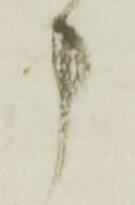
申